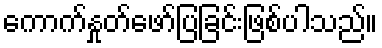
ကောက်နှုတ်ဖော်ပြခြင်းဖြစ်ပါသည်။